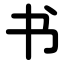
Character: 书